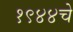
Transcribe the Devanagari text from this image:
१९४४चे